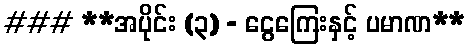
### **အပိုင်း (၃) - ငွေကြေးနှင့် ပမာဏ**